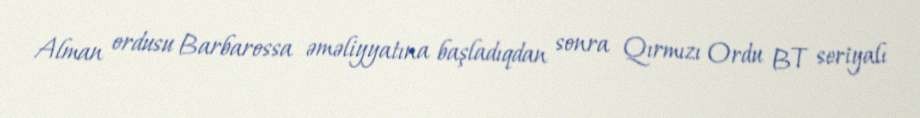
Alman ordusu Barbarossa əməliyyatına başladıqdan sonra Qırmızı Ordu BT seriyalı